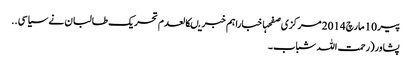
پیر 10 مارچ 2014 مرکزی صفحہاخباراہم خبریںکالعدم تحریک طالبان نے سیاسی ..
پشاور(رحمت اللہ شباب۔